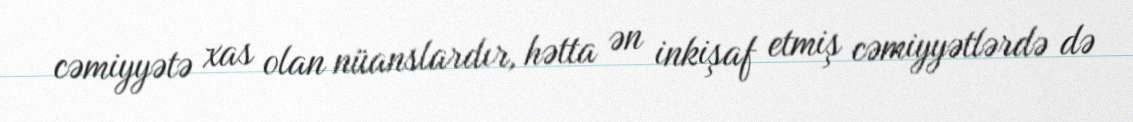
cəmiyyətə xas olan nüanslardır, hətta ən inkişaf etmiş cəmiyyətlərdə də